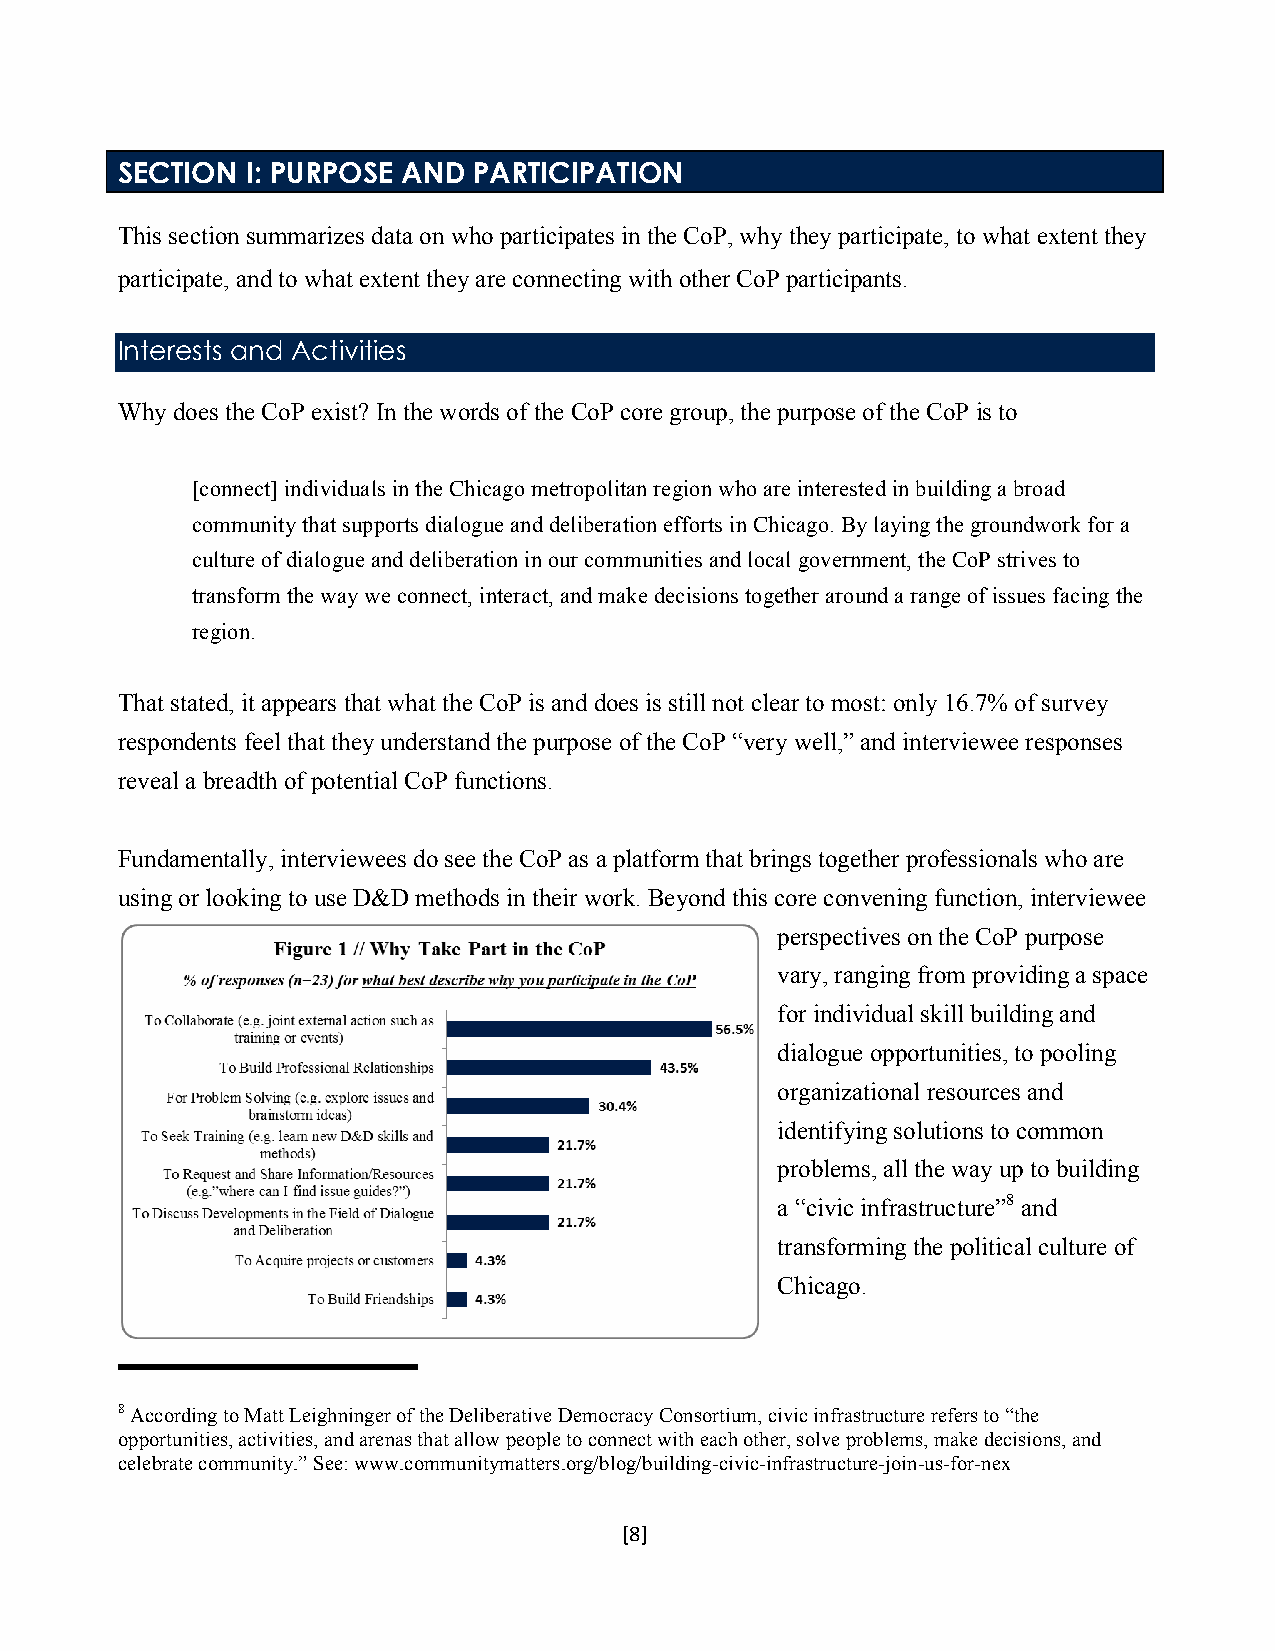
SECTION I: PURPOSE AND PARTICIPATION
 This section summarizes data on who participates in the CoP, why they participate, to what extent they
 participate, and to what extent they are connecting with other CoP participants.
 Interests and Activities
 Why does the CoP exist? In the words of the CoP core group, the purpose of the CoP is to
 [connect] individuals in the Chicago metropolitan region who are interested in building a broad
 community that supports dialogue and deliberation efforts in Chicago. By laying the groundwork for a
 culture of dialogue and deliberation in our communities and local government, the CoP strives to
 transform the way we connect, interact, and make decisions together around a range of issues facing the
 region.
 That stated, it appears that what the CoP is and does is still not clear to most: only 16.7% of survey
 respondents feel that they understand the purpose of the CoP “very well,” and interviewee responses
 reveal a breadth of potential CoP functions.
 Fundamentally, interviewees do see the CoP as a platform that brings together professionals who are
 using or looking to use D&D methods in their work. Beyond this core convening function, interviewee
 perspectives on the CoP purpose
 vary, ranging from providing a space
 for individual skill building and
 dialogue opportunities, to pooling
 organizational resources and
 identifying solutions to common
 problems, all the way up to building
 a “civic infrastructure”8 and
 transforming the political culture of
 Chicago.
 $$$$$$$$$$$$$$$$$$$
 8 According to Matt Leighninger of the Deliberative Democracy Consortium, civic infrastructure refers to “the
 opportunities, activities, and arenas that allow people to connect with each other, solve problems, make decisions, and
 celebrate community.” See: www.communitymatters.org/blog/building-civic-infrastructure-join-us-for-nex
 $
 [8]$